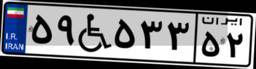
۵۹W۵۳۳۵۲